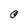
Character: O